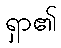
ရှာ၏